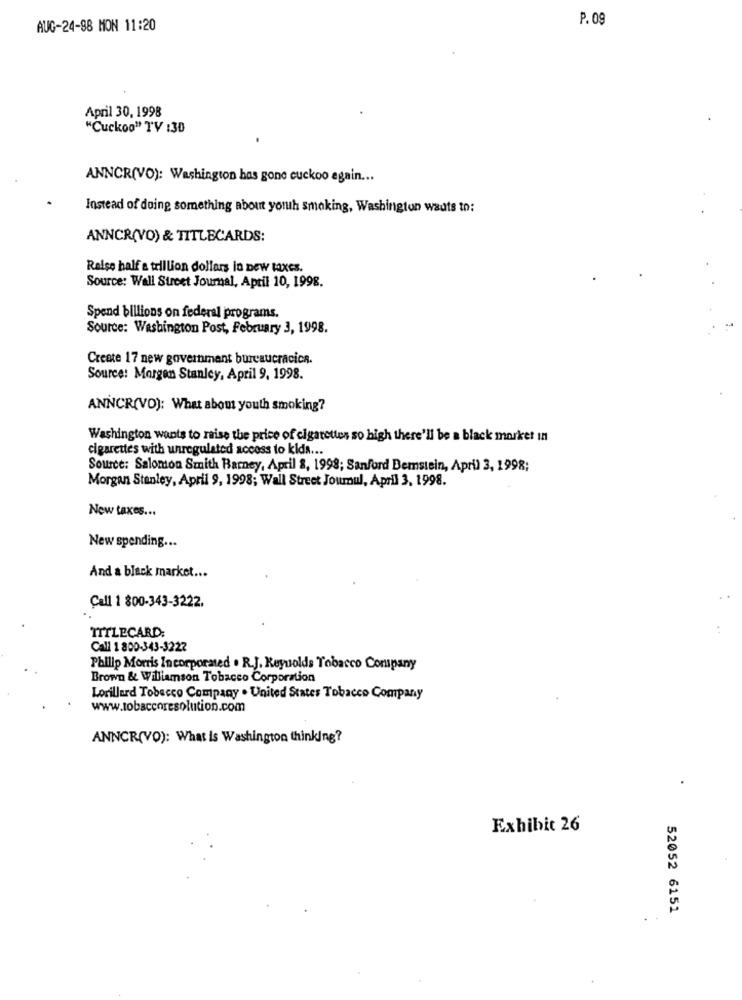
P. 09
AUG-24-88 MON 11:20
April 30, 1998
"Cuckoo" TV :30
ANNCR(VO): Washington has gone cuckoo again ...
Instead of doing something about youuh smoking, Washington wants to:
ANNCR(VO) & TITLECARDS:
Raise half a trillion dollars in new taxes.
Source: Wall Street Journal, April 10, 1998.
Spend billions on federal programs.
Source: Washington Post, February 3, 1998.
Create 17 new government bureaucracica.
Source: Morgan Stanley, April 9, 1998.
ANNCR(VO): What abou youth smoking?
Washington wants to raise the price of cigarettes so high there'll be a black market In
cigarettes with unregulated access to kids ...
Source: Salomon Smith Barney, April 2, 1998; Sanford Bemstein, April 3, 1998;
Morgan Stanley, April 9, 1998; Wall Street Joumul, April 3, 1998.
New taxes ...
New spending ...
And a black market ...
Call 1 800-343-3222.
TITLECARD:
Call 1 800-343-3222
Philip Morris Incorporated . R.J. Keyuolds Tobacco Company
Brown & Williamson Tobacco Corporation
Lorillard Tobacco Company . United States Tobacco Company
www.tobaccoresolution.com
ANNCR(VO): What is Washington thinking?
Exhibit 26
52052 6151